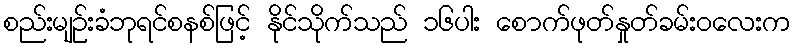
စည်းမျဉ်းခံဘုရင်စနစ်ဖြင့် နိုင်သိုက်သည် ၁၆ပါး စောက်ဖုတ်နှုတ်ခမ်းဝလေးက